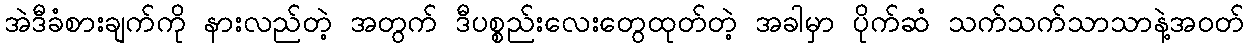
အဲဒီခံစားချက်ကို နားလည်တဲ့ အတွက် ဒီပစ္စည်းလေးတွေထုတ်တဲ့ အခါမှာ ပိုက်ဆံ သက်သက်သာသာနဲ့အဝတ်